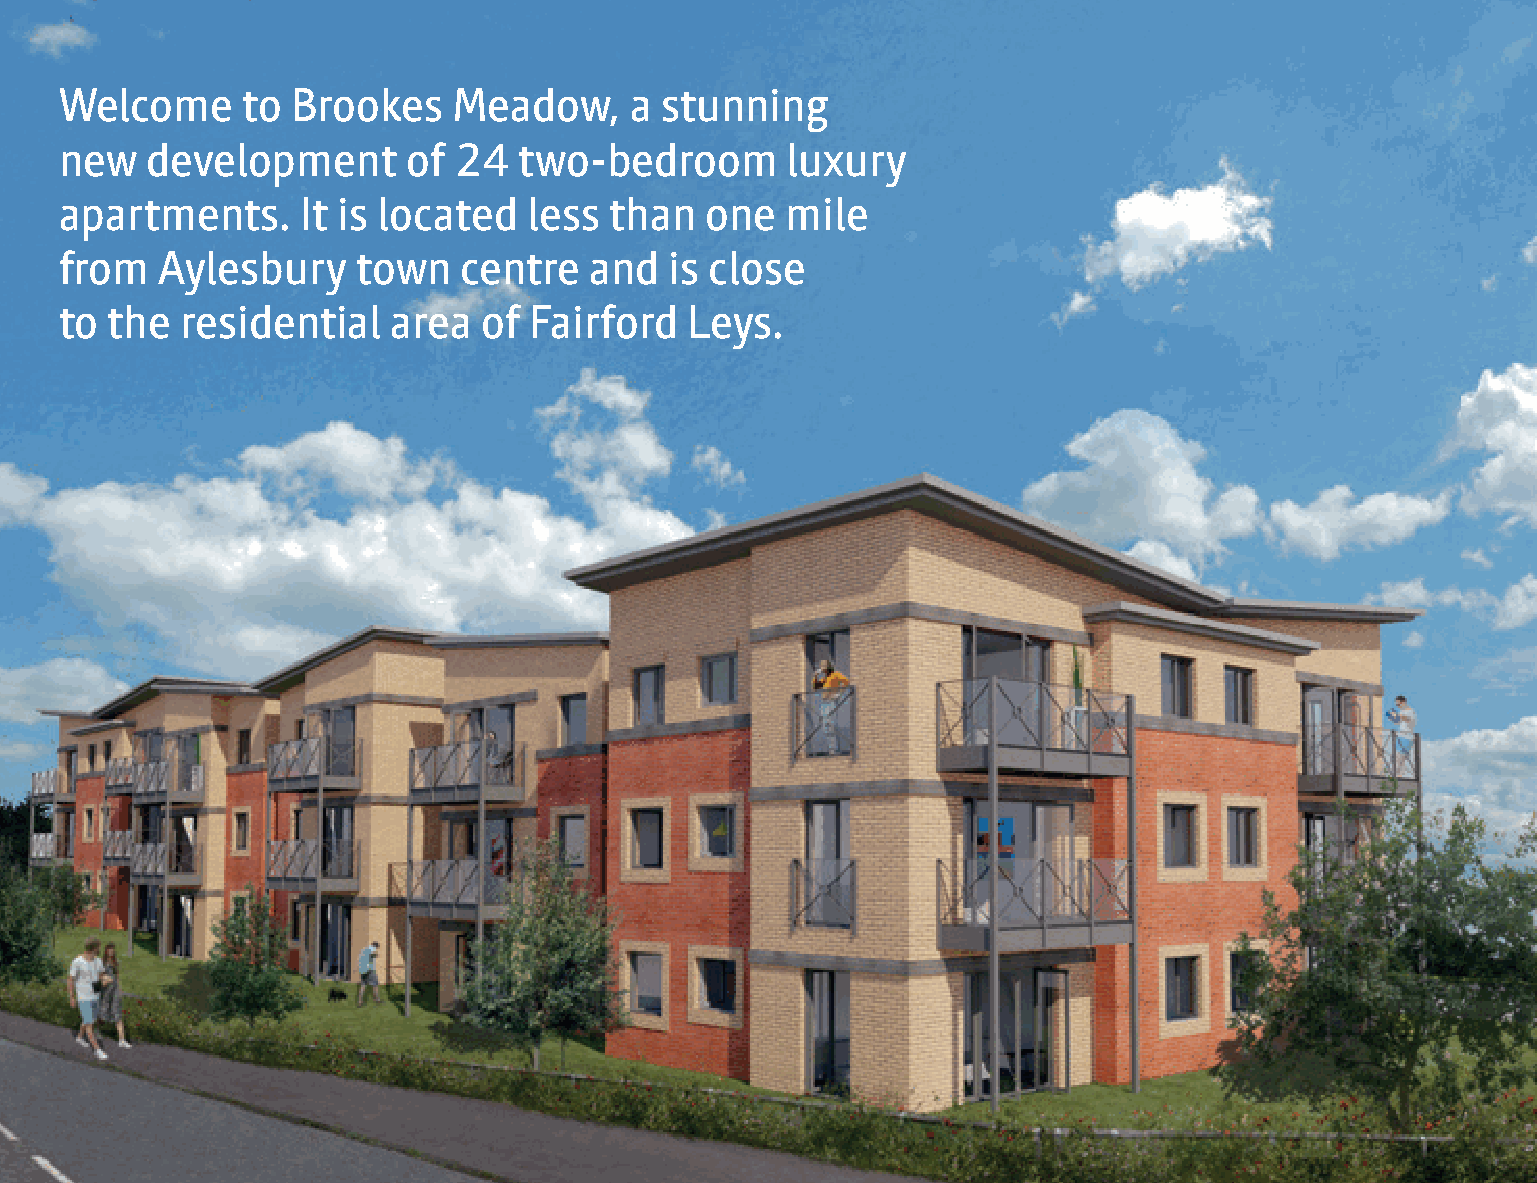
Welcome     to Brookes    Meadow,     a stunning
 new   development      of 24  two-bedroom       luxury
 apartments.     It is located  less than   one  mile
 from  Aylesbury    town   centre   and  is close
 to the  residential   area  of Fairford  Leys.
 2